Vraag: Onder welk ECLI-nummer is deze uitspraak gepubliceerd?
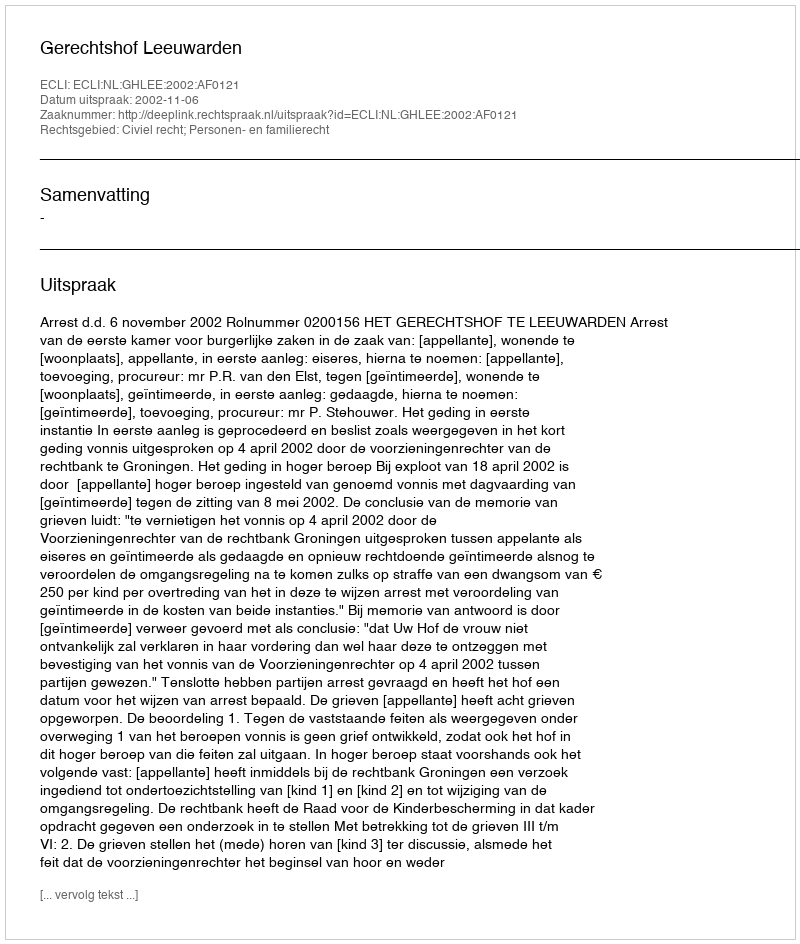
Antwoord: ECLI:NL:GHLEE:2002:AF0121